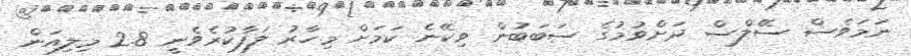
ނަމަވެސް ސޭލްސް ދަށްވުމުގެ ސަބަބުން ވިކޭނެ ކަމަށް މިހާރު ލަފާކުރެވެނީ 2.8 މިލިއަން